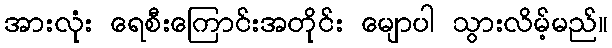
အားလုံး ရေစီးကြောင်းအတိုင်း မျောပါ သွားလိမ့်မည်။